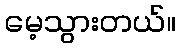
မေ့သွားတယ်။